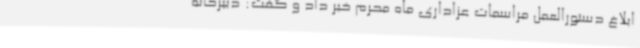
ابلاغ دستورالعمل مراسمات عزاداری ماه محرم خبر داد و گفت: دبیرخانه